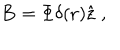
LaTeX: { \bf B } = \Phi \delta ( { \bf r } ) { \hat { { \bf z } } \; , }